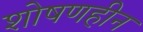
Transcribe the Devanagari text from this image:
शोषणहीन